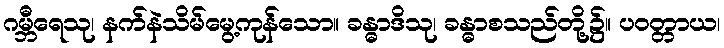
ဂမ္ဘီရေသု၊ နက်နဲသိမ်မွေ့ကုန်သော။ ခန္ဓာဒိသု၊ ခန္ဓာစသည်တို့၌။ ပဝတ္တာယ၊